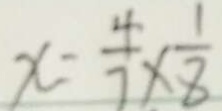
x = \frac { 4 } { 7 } \times \frac { 1 } { 8 }